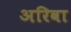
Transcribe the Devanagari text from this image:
अरिवा